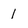
Character: 1